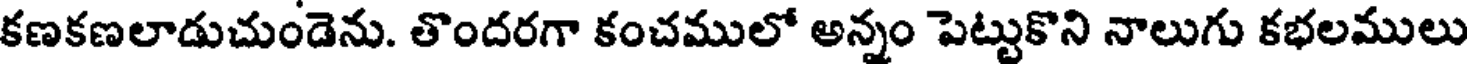
కణకణలాడుచుండెను. తొందరగా కంచములో అన్నం పెట్టుకొని నాలుగు కభలములు